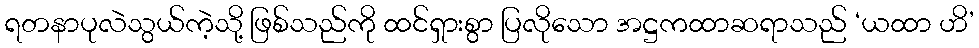
ရတနာပုလဲသွယ်ကဲ့သို့ ဖြစ်သည်ကို ထင်ရှားစွာ ပြလိုသော အဋ္ဌကထာဆရာသည် ‘ယထာ ဟိ’